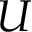
U